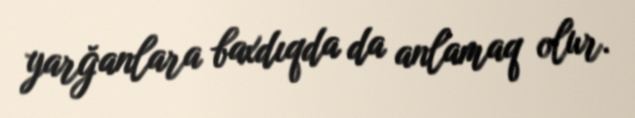
yarğanlara baxdıqda da anlamaq olur.